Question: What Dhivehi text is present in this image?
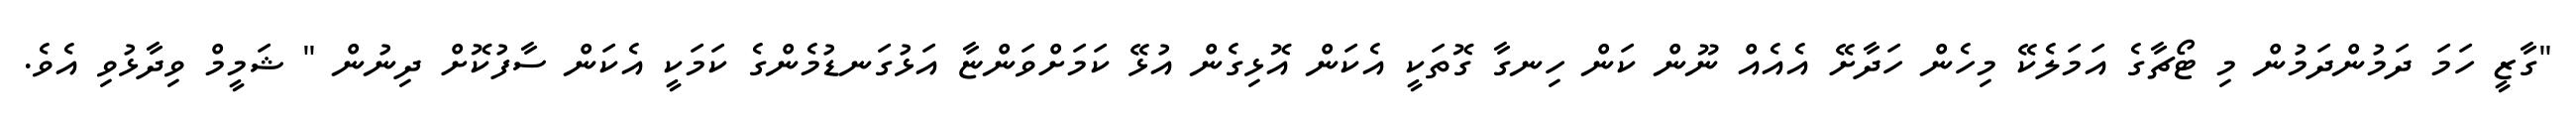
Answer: "ގާޒީ ހަމަ ދަމުންދަމުން މި ޓޯޗާގެ އަމަލެކޭ މިހެން ހަދާށޭ އެއެއް ނޫން ކަން ހިނގާ ގޮތަކީ އެކަން އޮޅިގެން އުޅޭ ކަމަށްވަންޏާ އަޅުގަނޑުމެންގެ ކަމަކީ އެކަން ސާފުކޮށް ދިނުން " ޝަމީމް ވިދާޅުވި އެވެ.